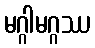
မဂ္ဂါမဂ္ဂဿ